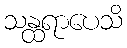
သန္ထရာပေသိ